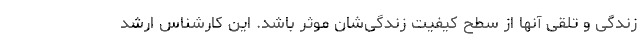
زندگی و تلقی آنها از سطح کیفیت زندگی‌شان موثر باشد. این کارشناس ارشد